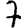
Digit: 7